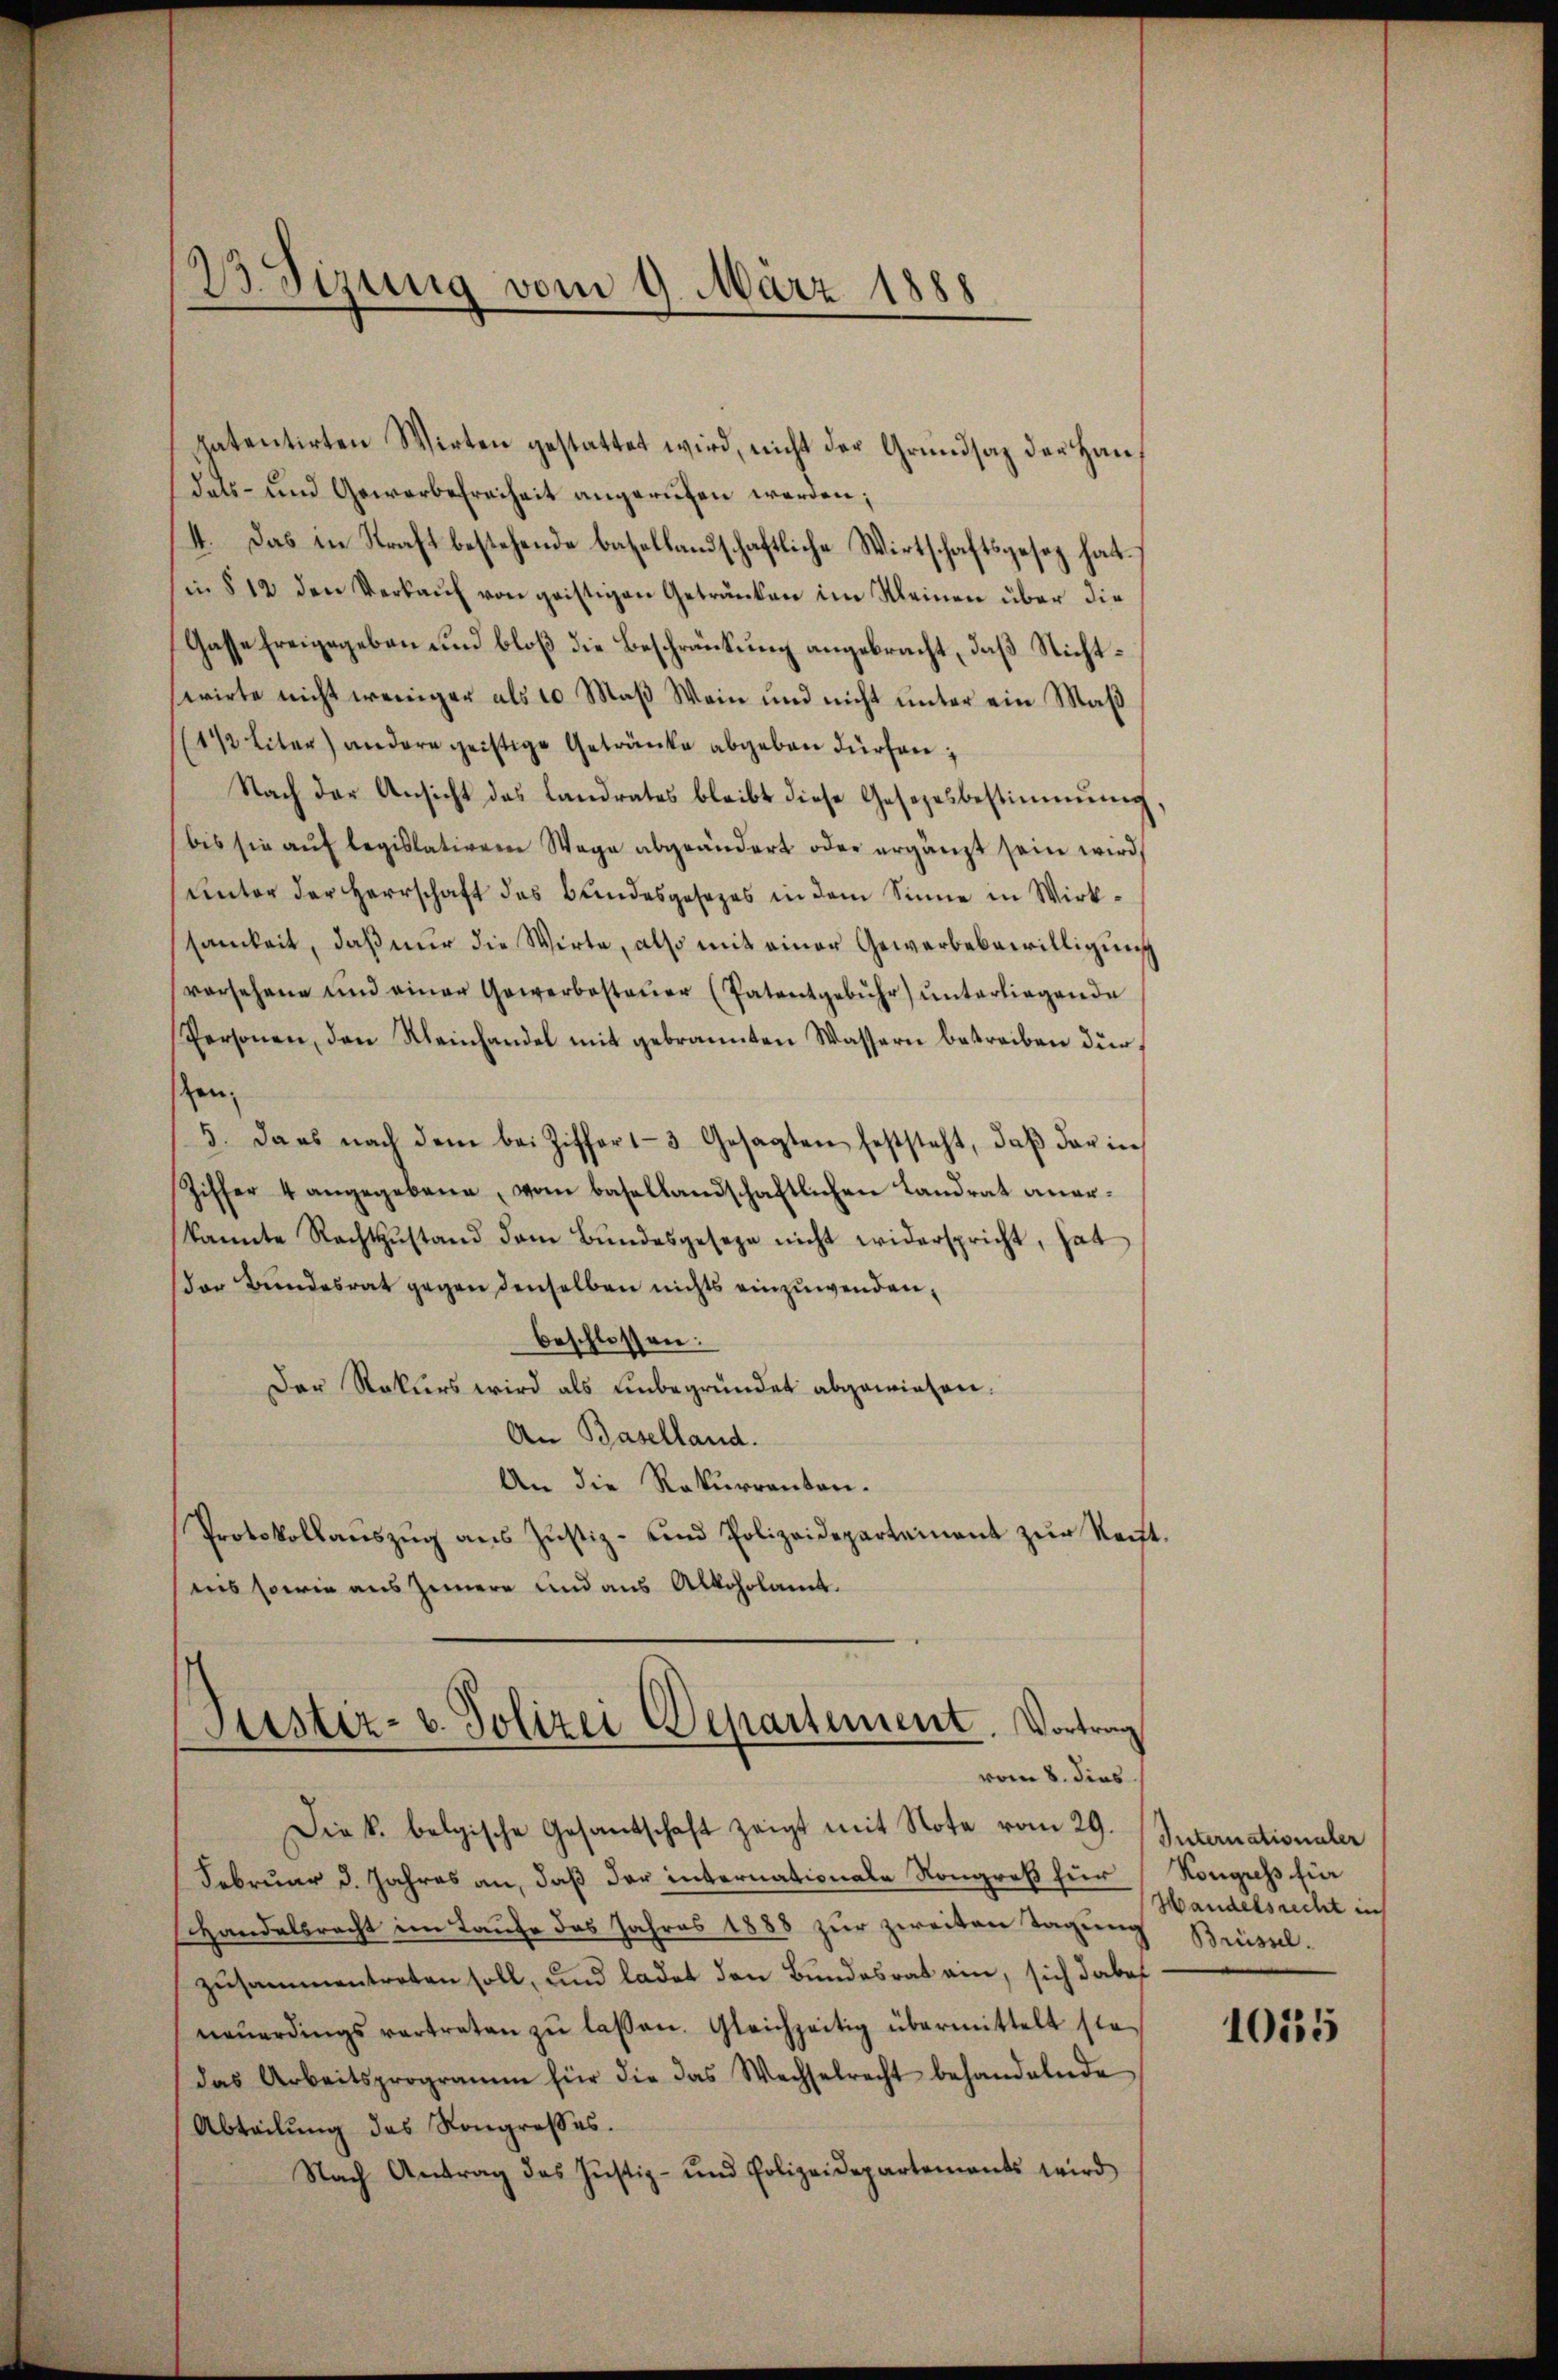
23. Sizung vom 9. März 1888

patentirten Wirten gestattet wird, nicht der Grundsaz der Handats- und Gewerbefreiheit angerufen werden;
4. Das in Kraft bestehende batellandschaftliche Wirtschaftsgesez hat.
in § 12 den Verkaŭf von geistigen Getränken im Kleinen über die
Gasse freigegeben und bloß die Beschränkung angebracht, daß Nichtwirte nicht weniger als 10 Maß Wein und nicht unter ein Maß
(112 liter) andere geistige Getränke abgeben dürfen;
Nach der Ansicht das Landrates bleibt diese Gesetzesbestimmung
bis sie aŭf legislativem Wege abgeändert oder ergänzt sein wird,
unter der Herrschaft des Bundesgesezes in dem Sinne in Wirksamkeit, daß nur die Wirte, also mit einer Gewerbebewilligung
versehene und einer Gewerbesteŭer (Patentgebühr) unterliegende
Personen, den Reinhandel mit gebrannten Wassern betreiben dürsen;
5. dass nach dem bei Ziffert 3 Gesagten feststeht, daβ das in
Ziffer 4 angegebene, vom basellandschaftlichen Landrat anerkannte Rechtzŭstand dem Bŭndesgeseze nicht widerspricht, hat
der Bundesrat gegen denselben nichts einzuwenden,
beschlossen:
Der Rekurs wird als unbegründet abgewiesen.
An Baselland.
An die Rekurrenten.
Protokollaŭszŭg ans Justiz- und Polizeideparteinant zŭr Recht.
ins sowie aus Zimmere und aus Alkoholamt.
Justiz- u. Polizei Departement. Vortrag

vom 8. dies

Die k. belgische Gesandschaft zeigt mit Note vom 29. Internationaler
Februar d. Jahres an, daß der internationale Kongreß für
Handelbracht im Laufe das Jahres 1888 zur zweiten Tagung
zusammentreten soll, und ladet den Bundesrat am, sich dabei
neŭerdings vertreten zŭ lassen. Gleichzeitig übermittelt sie
das Arbeitsprogramm für die das Wechselrecht behandelnde
Abteilung des Kongroßes.
Nach Antrag das Justiz- und Polizeidepartements wird

Kongress für
Handelsrecht in
Brüssel.

1015